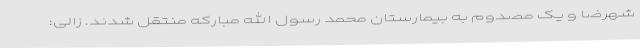
شهرضا و یک مصدوم به بیمارستان محمد رسول الله مبارکه منتقل شدند. زالی: